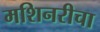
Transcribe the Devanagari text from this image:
मशिनरीचा